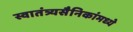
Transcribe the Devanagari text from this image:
स्वातंत्र्यसैनिकांमध्ये